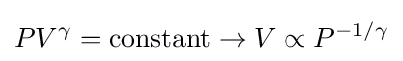
PV^{\gamma }={\text{constant}}\rightarrow V\propto P^{-1/\gamma }